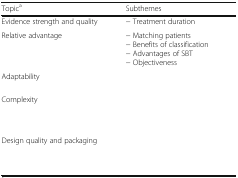
<table><thead><tr><td><b>Topic<sup>a</sup></b></td><td><b>Subthemes</b></td></tr></thead><tbody><tr><td>Evidence strength and quality</td><td>− Treatment duration</td></tr><tr><td>Relative advantage</td><td>− Matching patients− Benefits of classification− Advantages of SBT− Objectiveness</td></tr><tr><td>Adaptability</td><td>[EMPTY_CELL]</td></tr><tr><td>Complexity</td><td>[EMPTY_CELL]</td></tr><tr><td>Design quality and packaging</td><td>[EMPTY_CELL]</td></tr></tbody></table>